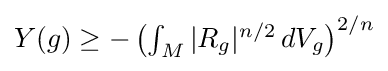
Y(g)\geq -\left(\textstyle \int _{M}|R_{g}|^{n/2}\,dV_{g}\right)^{2/n}